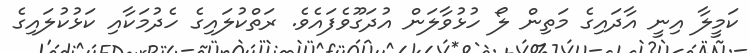
ކަމީލާ އިނީ އާދައިގެ މަތިން ލޯ ހުޅުވާލަން އުދަގޫވެފައެވެ. ރަތްކުލައިގެ ހެދުމަކާއި ކަޅުކުލައިގެ